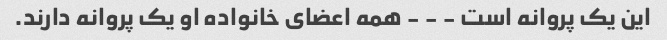
این یک پروانه است - - - همه اعضای خانواده او یک پروانه دارند.